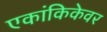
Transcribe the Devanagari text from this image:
एकांकिकेवर